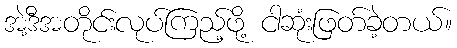
အဲ့ဒီအတိုင်းလုပ်ကြည့်ဖို့ ငါဆုံးဖြတ်ခဲ့တယ်။